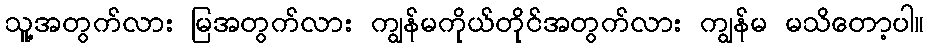
သူ့အတွက်လား မြအတွက်လား ကျွန်မကိုယ်တိုင်အတွက်လား ကျွန်မ မသိတော့ပါ။